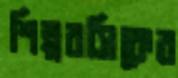
শিল্পরসিকের